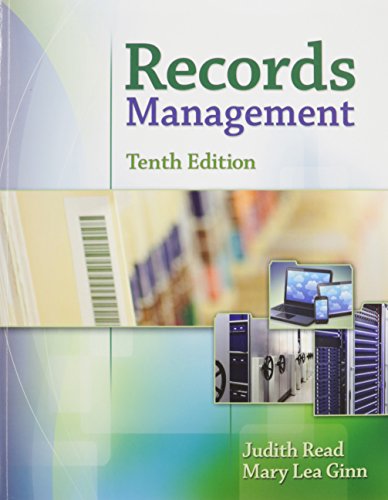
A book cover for Bundle: Records Management, 10th + MindTap Office Management,1 term (6 months) Printed Access Card + Records Management Simulation; Judith Read; Business & Money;